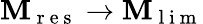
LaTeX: \mathbf{M}_{\mathrm{{~r~e~s~}}}\rightarrow\mathbf{M}_{\mathrm{{~l~i~m~}}}